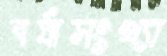
বর্ষাসংখ্যা